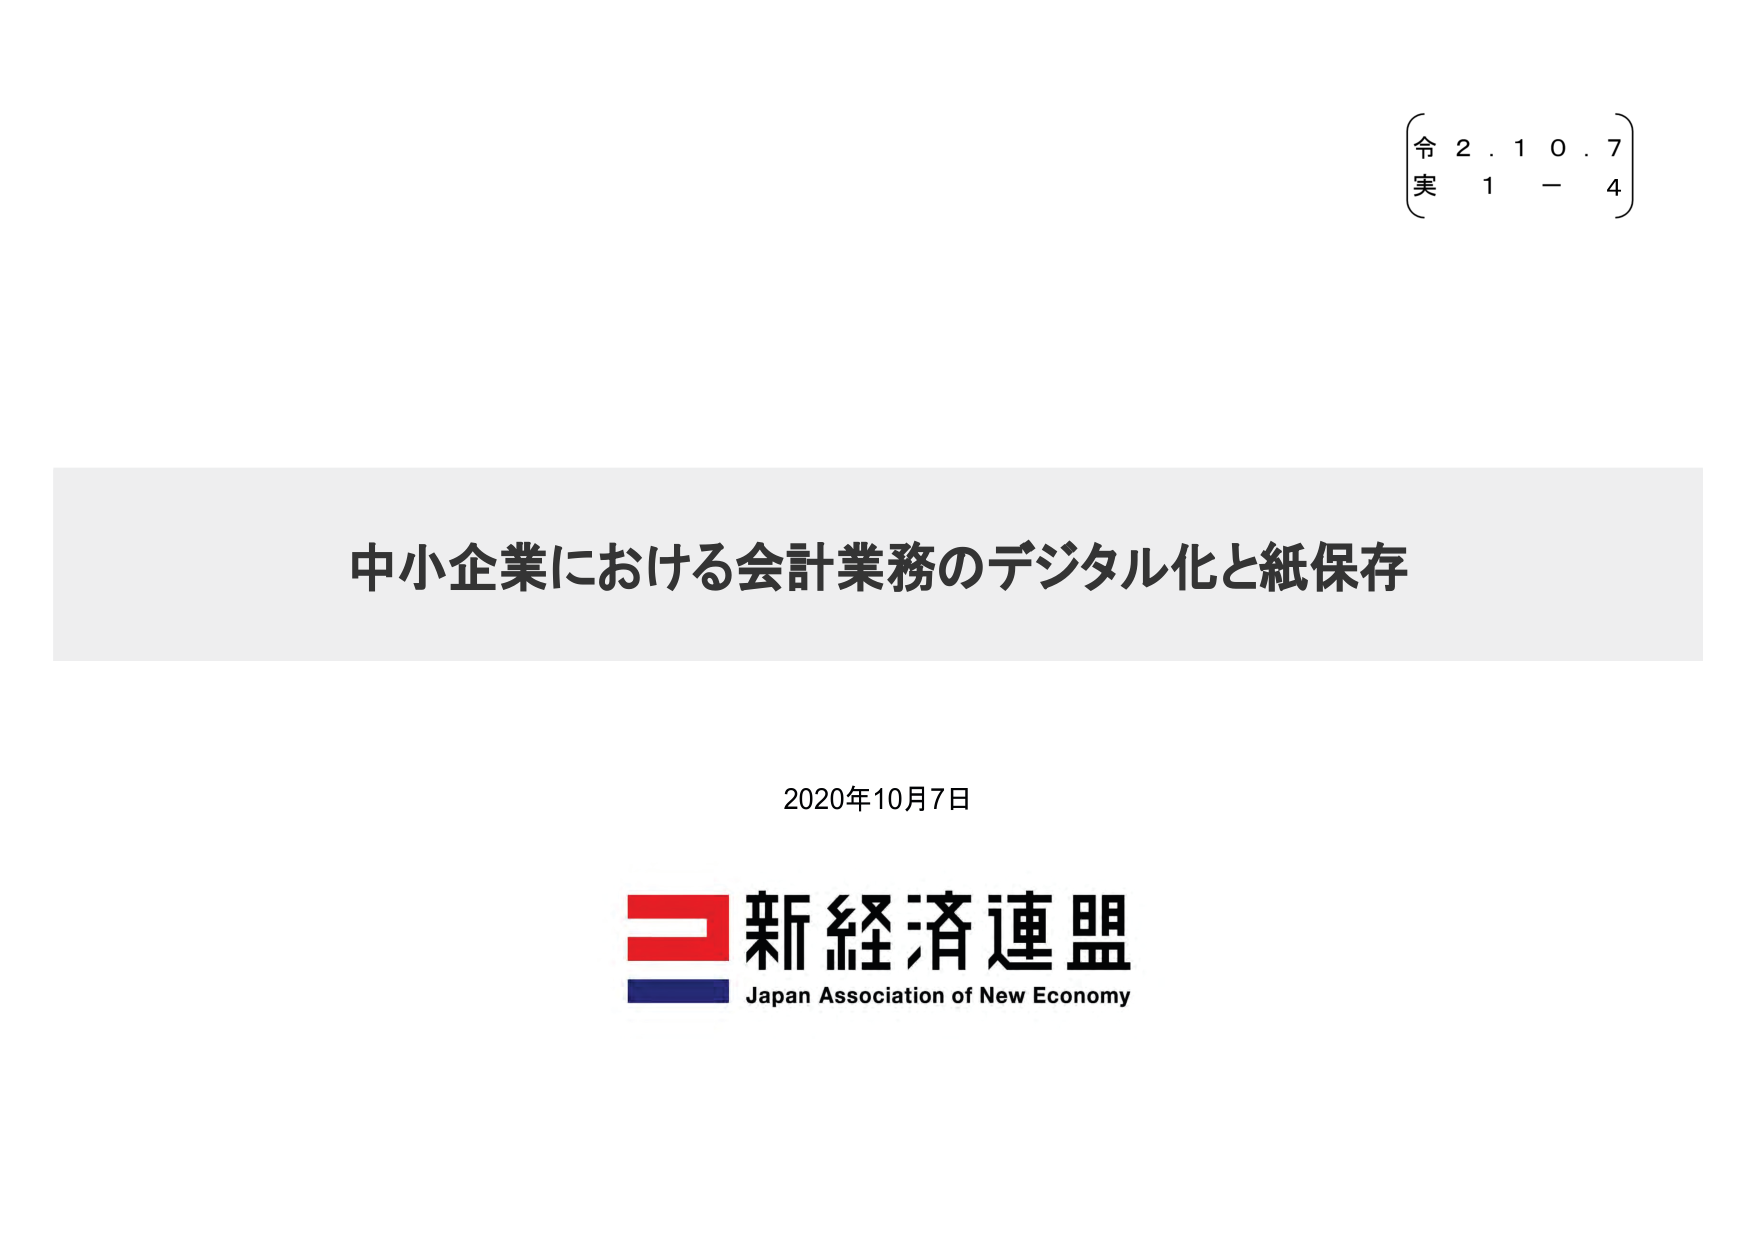
令 2. 1 0. 7
実 1 - 4

中小企業における会計業務のデジタル化と紙保存

2020年10月7日

新経済連盟
Japan Association of New Economy